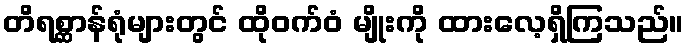
တိရစ္ဆာန်ရုံများတွင် ထိုဝက်ဝံ မျိုးကို ထားလေ့ရှိကြသည်။